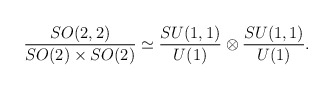
\begin{align*}{SO(2,2)\over {SO(2)\times SO(2)}}\simeq{SU(1,1)\over U(1)}\otimes {SU(1,1)\over U(1)}.\end{align*}